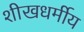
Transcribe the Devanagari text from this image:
शीखधर्मीय